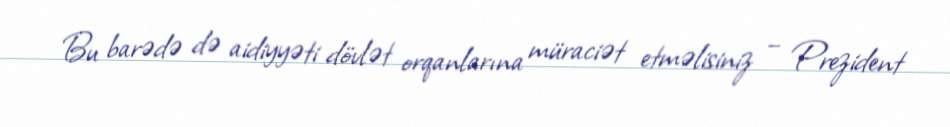
Bu barədə də aidiyyəti dövlət orqanlarına müraciət etməlisiniz – Prezident